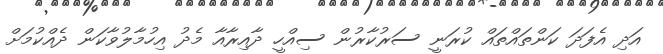
އަދި އެފަދަ ކަންތައްތައް ކުރަނީ ސަރުކާރުން ސިއްހީ ދާއިރާއާ މެދު އިހުމާލުވާކަން ދެއްކުމަށް